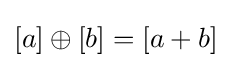
[a]\oplus [b]=[a+b]